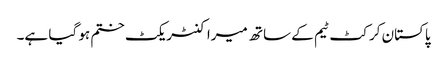
پاکستان کرکٹ ٹیم کے ساتھ میرا کنٹریکٹ ختم ہو گیا ہے۔